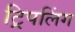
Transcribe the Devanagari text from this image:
ट्रिपलिंग